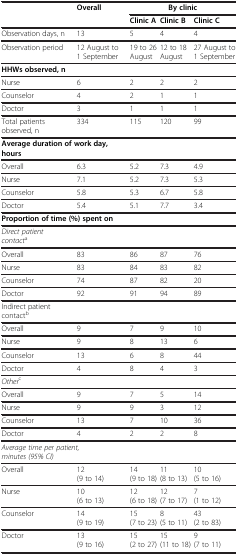
<table><thead><tr><td rowspan="2"><b> </b></td><td rowspan="2"><b>Overall</b></td><td colspan="3"><b>By clinic</b></td></tr><tr><td><b>Clinic A</b></td><td><b>Clinic B</b></td><td><b>Clinic C</b></td></tr></thead><tbody><tr><td>Observation days, n</td><td>13</td><td>5</td><td>4</td><td>4</td></tr><tr><td>Observation period</td><td>12 August to 1 September</td><td>19 to 26 August</td><td>12 to 18 August</td><td>27 August to 1 September</td></tr><tr><td><b>HHWs observed, n</b></td><td> </td><td> </td><td> </td><td> </td></tr><tr><td>Nurse</td><td>6</td><td>2</td><td>2</td><td>2</td></tr><tr><td>Counselor</td><td>4</td><td>2</td><td>1</td><td>1</td></tr><tr><td>Doctor</td><td>3</td><td>1</td><td>1</td><td>1</td></tr><tr><td>Total patients observed, n</td><td>334</td><td>115</td><td>120</td><td>99</td></tr><tr><td colspan="2"><b>Average duration of work day, hours</b></td><td> </td><td> </td><td> </td></tr><tr><td>Overall</td><td>6.3</td><td>5.2</td><td>7.3</td><td>4.9</td></tr><tr><td>Nurse</td><td>7.1</td><td>5.2</td><td>7.3</td><td>5.3</td></tr><tr><td>Counselor</td><td>5.8</td><td>5.3</td><td>6.7</td><td>5.8</td></tr><tr><td>Doctor</td><td>5.4</td><td>5.1</td><td>7.7</td><td>3.4</td></tr><tr><td colspan="2"><b>Proportion of time (%) spent on</b></td><td> </td><td> </td><td> </td></tr><tr><td><i>Direct patient contact</i><sup>a</sup></td><td> </td><td> </td><td> </td><td> </td></tr><tr><td>Overall</td><td>83</td><td>86</td><td>87</td><td>76</td></tr><tr><td>Nurse</td><td>83</td><td>84</td><td>83</td><td>82</td></tr><tr><td>Counselor</td><td>74</td><td>87</td><td>82</td><td>20</td></tr><tr><td>Doctor</td><td>92</td><td>91</td><td>94</td><td>89</td></tr><tr><td>Indirect patient contact<sup>b</sup></td><td> </td><td> </td><td> </td><td> </td></tr><tr><td>Overall</td><td>9</td><td>7</td><td>9</td><td>10</td></tr><tr><td>Nurse</td><td>9</td><td>8</td><td>13</td><td>6</td></tr><tr><td>Counselor</td><td>13</td><td>6</td><td>8</td><td>44</td></tr><tr><td>Doctor</td><td>4</td><td>8</td><td>4</td><td>3</td></tr><tr><td><i>Other</i><sup>c</sup></td><td> </td><td> </td><td> </td><td> </td></tr><tr><td>Overall</td><td>9</td><td>7</td><td>5</td><td>14</td></tr><tr><td>Nurse</td><td>9</td><td>9</td><td>3</td><td>12</td></tr><tr><td>Counselor</td><td>13</td><td>7</td><td>10</td><td>36</td></tr><tr><td>Doctor</td><td>4</td><td>2</td><td>2</td><td>8</td></tr><tr><td colspan="2"><i>Average time per patient, minutes (95% CI)</i></td><td> </td><td> </td><td> </td></tr><tr><td>Overall</td><td>12 (9 to 14)</td><td>14 (9 to 18)</td><td>11 (8 to 13)</td><td>10 (5 to 16)</td></tr><tr><td>Nurse</td><td>10 (6 to 13)</td><td>12 (6 to 18)</td><td>12 (7 to 17)</td><td>7 (1 to 12)</td></tr><tr><td>Counselor</td><td>14 (9 to 19)</td><td>15 (7 to 23)</td><td>8 (5 to 11)</td><td>43 (2 to 83)</td></tr><tr><td>Doctor</td><td>13 (9 to 16)</td><td>15 (2 to 27)</td><td>15 (11 to 18)</td><td>9 (7 to 11)</td></tr></tbody></table>